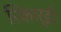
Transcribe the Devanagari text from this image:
रिकार्डी